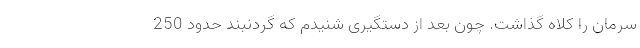
سرمان را کلاه گذاشت. چون بعد از دستگیری شنیدم که گردنبند حدود 250